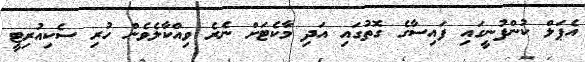
އެޕަލް ކުންފުނީގައި ފައިސާގެ ގޮތުގައި އަދި މާކެޓަށް ނެރެ ވިއްކާލެވެން ހުރި ސެކިއުރިޓީ